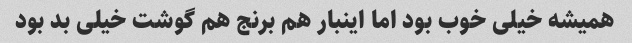
همیشه خیلی خوب بود اما اینبار هم برنج هم گوشت خیلی بد بود